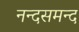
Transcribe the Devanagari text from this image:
नन्‍दसमन्‍द